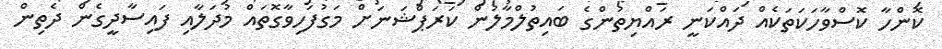
ކޮންހާ ކޮސްވާހަކަތަކެއް ދައްކަނީ ރައްޔިތުންގެ ބައިތުލްމާލުން ކަރަޕްޝަނަށް މަގުފަހިވާގޮތައް މުދަލާއި ފައިސާދީގެން ދެތިން